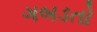
ગબડતો